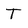
Character: T